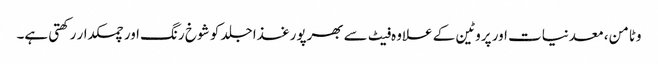
وٹامن، معدنیات اور پروٹین کے علاوہ فیٹ سے بھرپورغذا جلد کو شوخ رنگ اور چمکدار رکھتی ہے۔